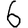
Digit: 6